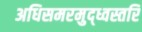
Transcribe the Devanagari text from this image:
अधिसमरमुद्ध्वस्तरि